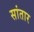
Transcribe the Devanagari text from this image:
सांतार